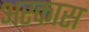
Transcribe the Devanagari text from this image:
अरकास